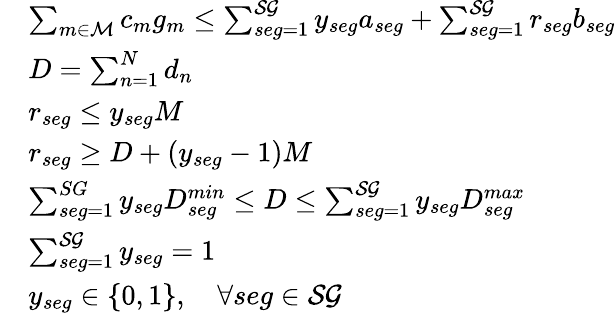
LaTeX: \begin{array}{rl}&{\sum_{m\in\mathcal{M}}c_{m}g_{m}\leq\sum_{seg=1}^{\mathcal{SG}}y_{seg}a_{seg}+\sum_{seg=1}^{\mathcal{SG}}r_{seg}b_{seg}}\\ &{D=\sum_{n=1}^{N}d_{n}}\\ &{r_{seg}\leq y_{seg}M}\\ &{r_{seg}\geq D+(y_{seg}-1)M}\\ &{\sum_{seg=1}^{SG}y_{seg}D_{seg}^{min}\leq D\leq\sum_{seg=1}^{\mathcal{SG}}y_{seg}D_{seg}^{max}}\\ &{\sum_{seg=1}^{\mathcal{SG}}y_{seg}=1}\\ &{y_{seg}\in\{ 0,1\} ,\quad\forall seg\in\mathcal{SG}}\end{array}